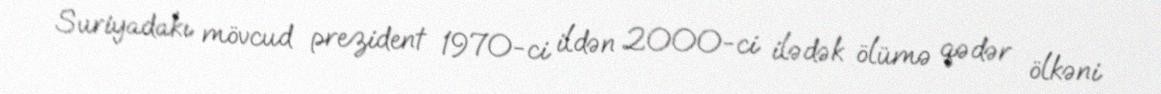
Suriyadakı mövcud prezident 1970-ci ildən 2000-ci ilədək ölümə qədər ölkəni